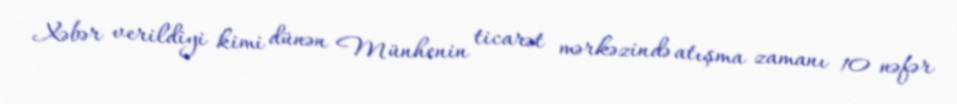
Xəbər verildiyi kimi dünən Münhenin ticarət mərkəzində atışma zamanı 10 nəfər